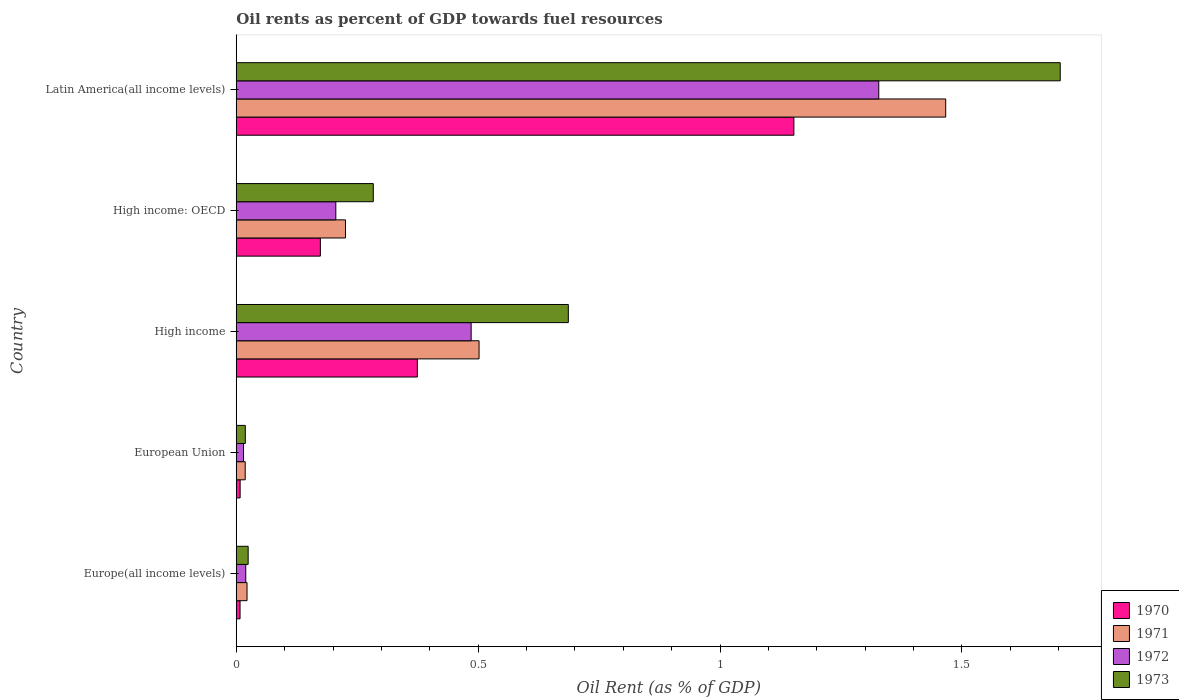
| Country | 1970 | 1971 | 1972 | 1973 |
 | --- | --- | --- | --- | --- |
 | Europe(all income levels) | 0.00784 | 0.0223 | 0.0196 | 0.0246 |
 | European Union | 0.00801 | 0.0185 | 0.0151 | 0.0187 |
 | High income | 0.374 | 0.502 | 0.486 | 0.686 |
 | High income: OECD | 0.174 | 0.226 | 0.206 | 0.283 |
 | Latin America(all income levels) | 1.15 | 1.47 | 1.33 | 1.7 |